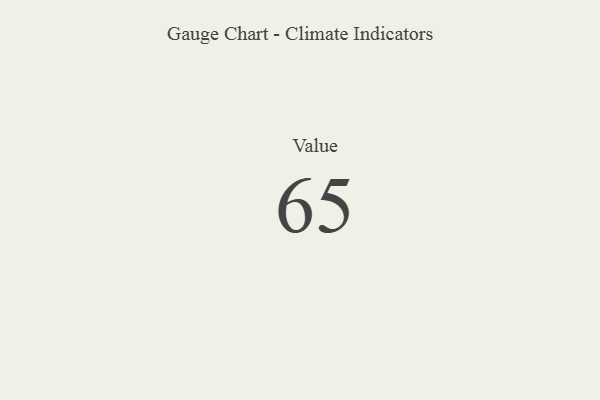
{"axis": {"x": "Metric", "y": "Value"}, "legend": [""], "data": [{"x": "Value", "y": 65, "type": ""}]}